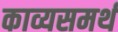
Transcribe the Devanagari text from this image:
काव्यसमर्थ